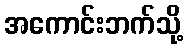
အကောင်းဘက်သို့